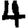
Digit: 4